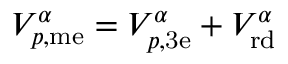
V _ { p , \mathrm { m e } } ^ { \alpha } = V _ { p , \mathrm { 3 e } } ^ { \alpha } + V _ { \mathrm { r d } } ^ { \alpha }